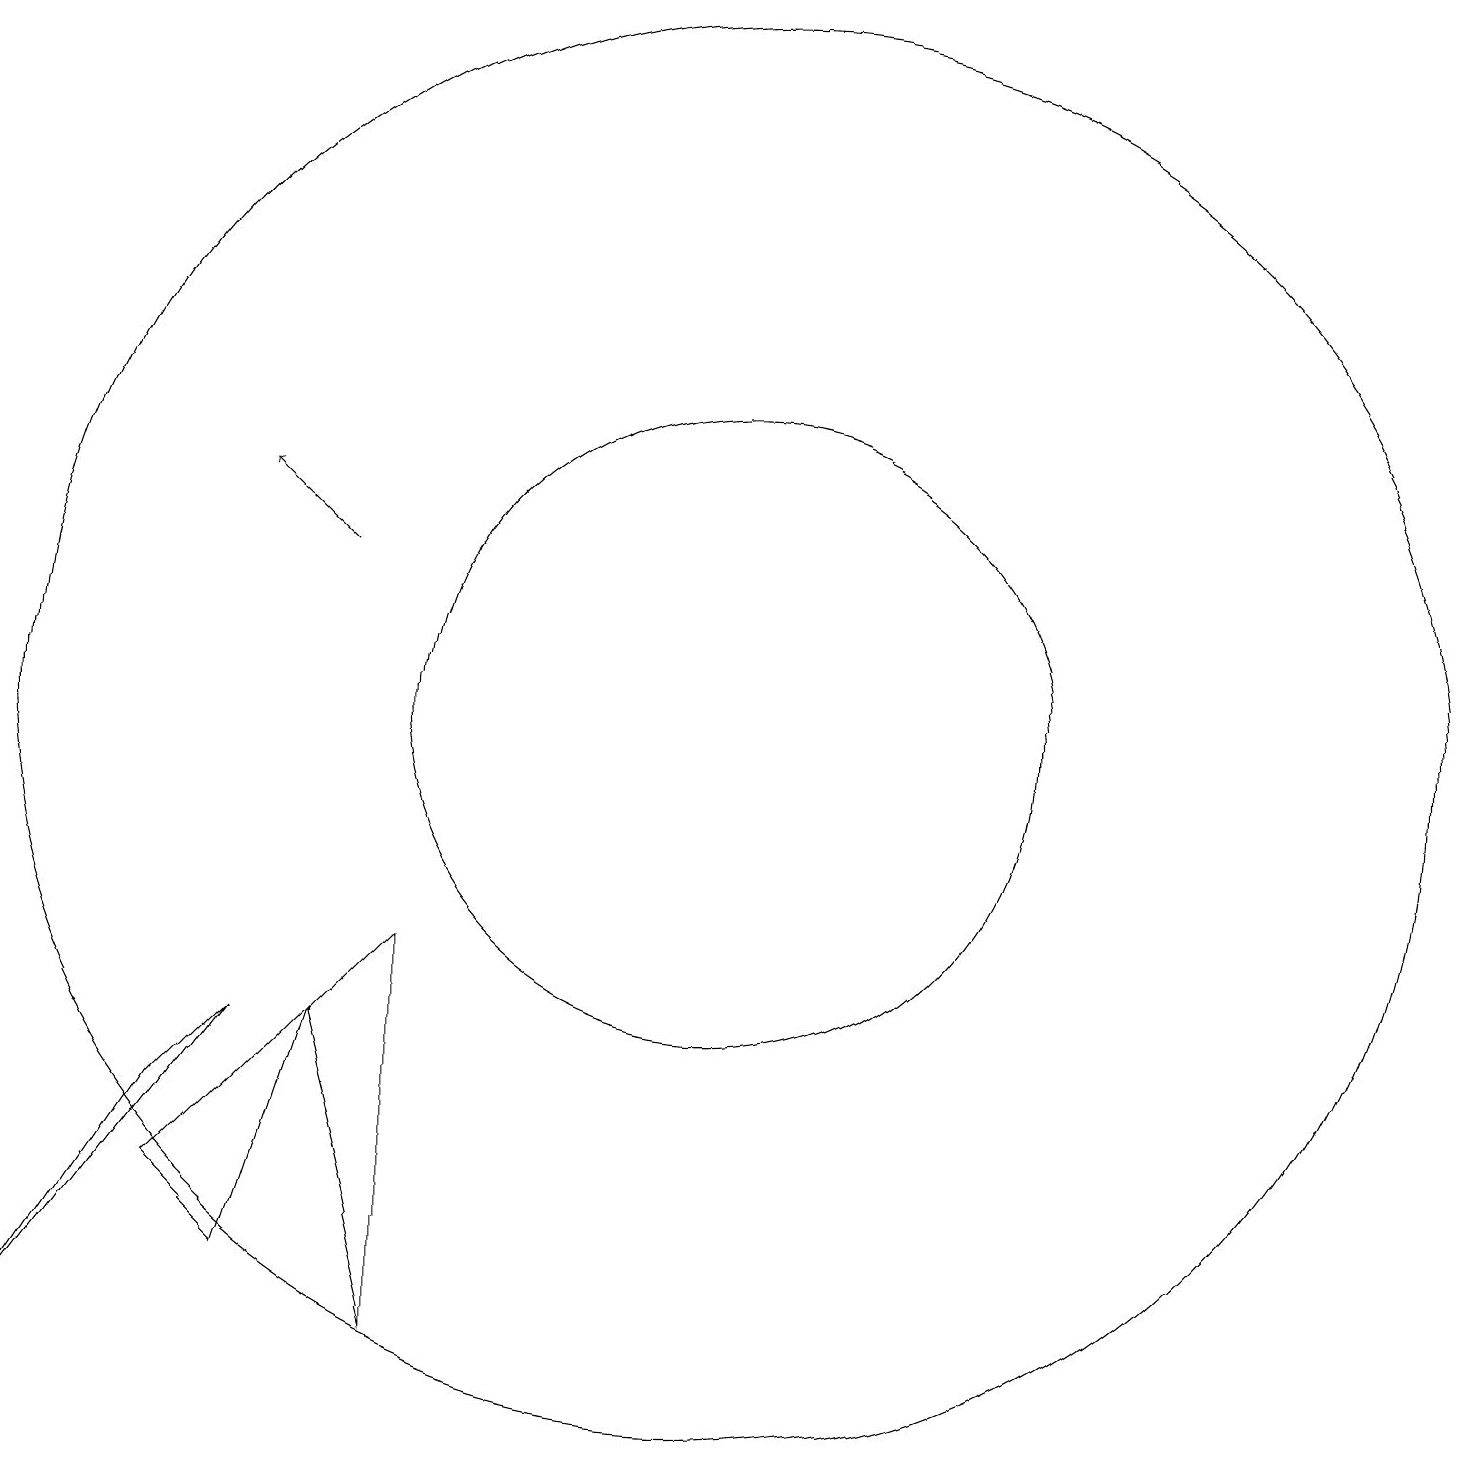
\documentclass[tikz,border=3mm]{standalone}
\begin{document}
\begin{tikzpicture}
\draw (4,4) -- (3,5) -- (5,7) -- cycle;
\draw (10,11) circle (9);
\draw (10,11) circle (4);
\draw (6,8) -- (6,3) -- (5,7) -- cycle;
\draw[->] (5,13) -- (4,14);
\draw (1,3) -- (4,7) -- (3,6) -- cycle;
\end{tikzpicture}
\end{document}